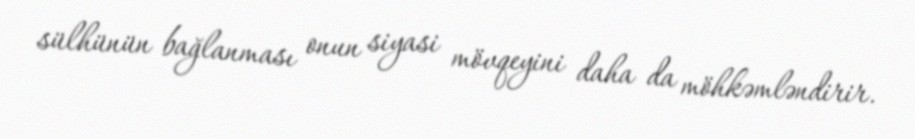
sülhünün bağlanması onun siyasi mövqeyini daha da möhkəmləndirir.